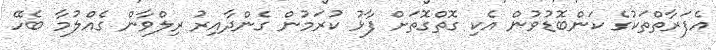
އެފަރާތްތަކުގެ ކަންބޮޑުވުން އެކި ގޮތްގޮތަށް ފާޅު ކުރަމުން ގެންދާއިރު ރިލްވާން ގެއްލުމާ ބެހޭ